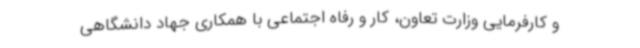
و کارفرمایی وزارت تعاون، کار و رفاه اجتماعی با همکاری جهاد دانشگاهی